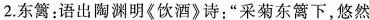
2.东篱：语出陶渊明《饮酒》诗：”采菊东篱下，悠然